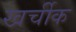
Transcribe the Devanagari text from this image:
खर्चीक